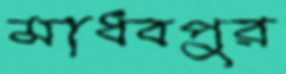
মাধবপুর